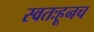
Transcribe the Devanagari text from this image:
स्वतःहूनच